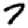
Digit: 7